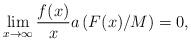
LaTeX: \begin{align*} \lim_{x\to\infty} \frac{f(x)}{x}a\left(F(x)/M\right)=0,\end{align*}